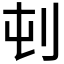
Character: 𪞿